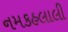
નમકહલાલી